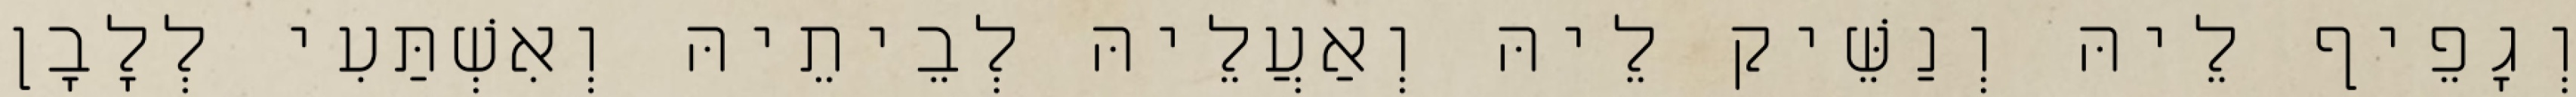
וְגָפֵיף לֵיהּ וְנַשֵּׁיק לֵיהּ וְאַעֲלֵיהּ לְבֵיתֵיהּ וְאִשְׁתַּעִי לְלָבָן